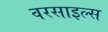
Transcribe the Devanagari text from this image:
वरसाइल्स